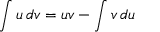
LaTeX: \int u \, d v = u v - \int v \, d u